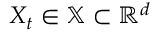
X _ { t } \in \mathbb { X } \subset \mathbb { R } ^ { d }